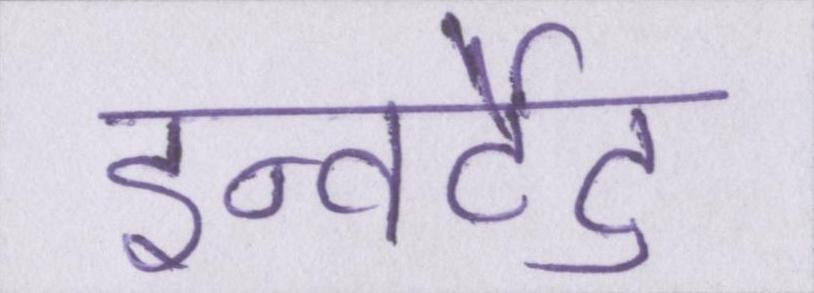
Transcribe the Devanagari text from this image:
इन्वर्टेड